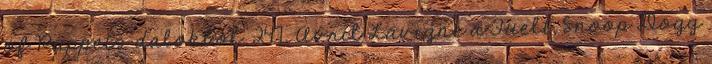
of Puppets dalokból. 247 Avril Lavigne a Fuelt, Snoop Dogg